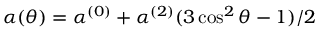
\alpha ( \theta ) = \alpha ^ { ( 0 ) } + \alpha ^ { ( 2 ) } ( 3 \cos ^ { 2 } \theta - 1 ) / 2